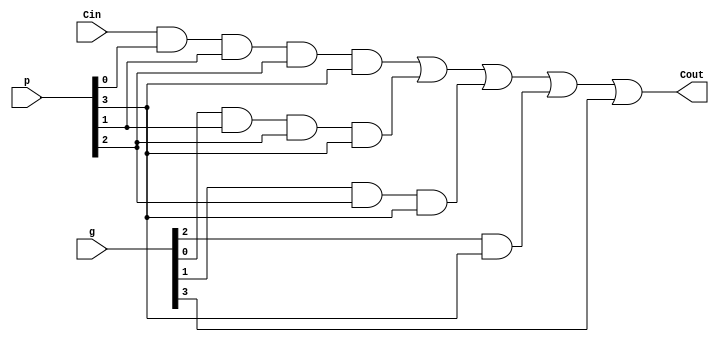
`timescale 1ns  / 10 ps

module carry_out_4 (input  Cin,   input  [3:0] g, p, output Cout);
assign Cout =(( Cin & p[0]&p[1]&p[2]&p[3])     | (g[0]&p[1]&p[2]&p[3])     | (g[1]&p[2]&p[3])      | (g[2]&p[3])       |  g[3] );
endmodule

`timescale 1ns  / 10 ps

module carry_out_16 ( input  Cin,   input  [15:0] g, p, output Cout);
assign Cout = (( Cin &  p[0] &p[1]  &p[2]  &p[3]  &p[4]  &p[5]  &p[6]  &p[7]  &p[8]  &p[9]  &p[10] &p[11] &p[12] &p[13] &p[14] &p[15])  | 
                       (g[0] &p[1]  &p[2]  &p[3]  &p[4]  &p[5]  &p[6]  &p[7]  &p[8]  &p[9]  &p[10] &p[11] &p[12] &p[13] &p[14] &p[15])  | 
                       (g[1] &p[2]  &p[3]  &p[4]  &p[5]  &p[6]  &p[7]  &p[8]  &p[9]  &p[10] &p[11] &p[12] &p[13] &p[14] &p[15])  | 
                       (g[2] &p[3]  &p[4]  &p[5]  &p[6]  &p[7]  &p[8]  &p[9]  &p[10] &p[11] &p[12] &p[13] &p[14] &p[15])  | 
                       (g[3] &p[4]  &p[5]  &p[6]  &p[7]  &p[8]  &p[9]  &p[10] &p[11] &p[12] &p[13] &p[14] &p[15])  | 
                       (g[4] &p[5]  &p[6]  &p[7]  &p[8]  &p[9]  &p[10] &p[11] &p[12] &p[13] &p[14] &p[15])  | 
                       (g[5] &p[6]  &p[7]  &p[8]  &p[9]  &p[10] &p[11] &p[12] &p[13] &p[14] &p[15])  | 
                       (g[6] &p[7]  &p[8]  &p[9]  &p[10] &p[11] &p[12] &p[13] &p[14] &p[15])  | 
                       (g[7] &p[8]  &p[9]  &p[10] &p[11] &p[12] &p[13] &p[14] &p[15])  | 
                       (g[8] &p[9]  &p[10] &p[11] &p[12] &p[13] &p[14] &p[15])  | 
                       (g[9] &p[10] &p[11] &p[12] &p[13] &p[14] &p[15])  | 
                      (g[10] &p[11] &p[12] &p[13] &p[14] &p[15])  | 
                      (g[11] &p[12] &p[13] &p[14] &p[15])  | 
                      (g[12] &p[13] &p[14] &p[15])  | 
                      (g[13] &p[14] &p[15])  | 
                      (g[14] &p[15])  | 
                      (g[15])
					   );
endmodule